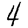
Digit: 4